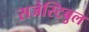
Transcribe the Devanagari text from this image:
सजेस्टिबुल